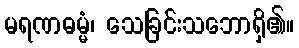
မရဏဓမ္မံ၊ သေခြင်းသဘောရှိ၏။